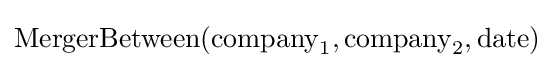
\operatorname {MergerBetween} (\mathrm {company} _{1},\mathrm {company} _{2},\mathrm {date} )